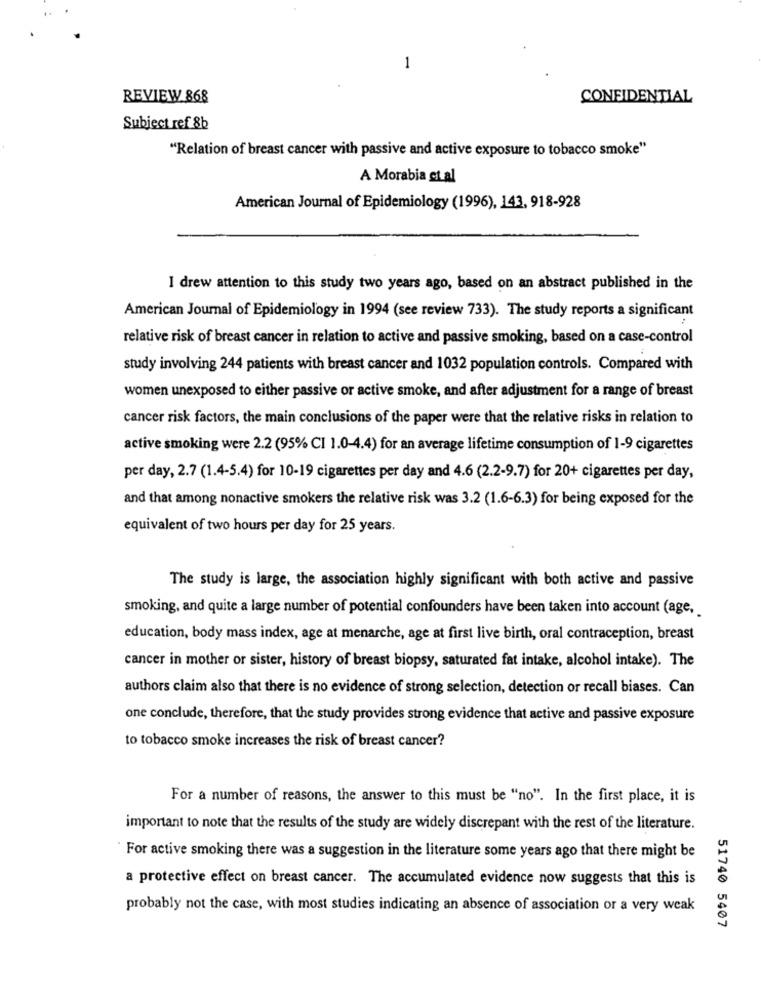
1
REVIEW 868
CONFIDENTIAL
Subject ref 8b
"Relation of breast cancer with passive and active exposure to tobacco smoke"
A Morabia et al
American Journal of Epidemiology (1996), 143, 918-928
I drew attention to this study two years ago, based on an abstract published in the
American Journal of Epidemiology in 1994 (see review 733). The study reports a significant
relative risk of breast cancer in relation to active and passive smoking, based on a case-control
study involving 244 patients with breast cancer and 1032 population controls. Compared with
women unexposed to either passive or active smoke, and after adjustment for a range of breast
cancer risk factors, the main conclusions of the paper were that the relative risks in relation to
active smoking were 2.2 (95% CI 1.0-4.4) for an average lifetime consumption of 1-9 cigarettes
per day, 2.7 (1.4-5.4) for 10-19 cigarettes per day and 4.6 (2.2-9.7) for 20+ cigarettes per day,
and that among nonactive smokers the relative risk was 3.2 (1.6-6.3) for being exposed for the
equivalent of two hours per day for 25 years.
The study is large, the association highly significant with both active and passive
smoking, and quite a large number of potential confounders have been taken into account (age,
education, body mass index, age at menarche, age at first live birth, oral contraception, breast
cancer in mother or sister, history of breast biopsy, saturated fat intake, alcohol intake). The
authors claim also that there is no evidence of strong selection, detection or recall biases. Can
one conclude, therefore, that the study provides strong evidence that active and passive exposure
to tobacco smoke increases the risk of breast cancer?
For a number of reasons, the answer to this must be "no". In the first place, it is
important to note that the results of the study are widely discrepant with the rest of the literature.
For active smoking there was a suggestion in the literature some years ago that there might be
a protective effect on breast cancer. The accumulated evidence now suggests that this is
probably not the case, with most studies indicating an absence of association or a very weak
51740 5407